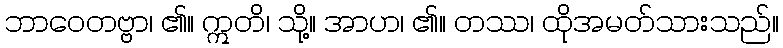
ဘာဝေတဗ္ဗာ၊ ၏။ ဣတိ၊ သို့။ အာဟ၊ ၏။ တဿ၊ ထိုအမတ်သားသည်။